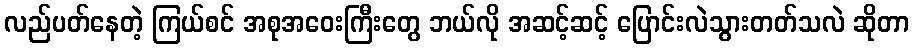
လည်ပတ်နေတဲ့ ကြယ်စင် အစုအဝေးကြီးတွေ ဘယ်လို အဆင့်ဆင့် ပြောင်းလဲသွားတတ်သလဲ ဆိုတာ